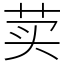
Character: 荬